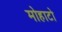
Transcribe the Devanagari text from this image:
मोहाटो